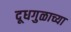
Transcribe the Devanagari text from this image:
दूधगुळाच्या